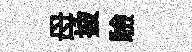
母披驗